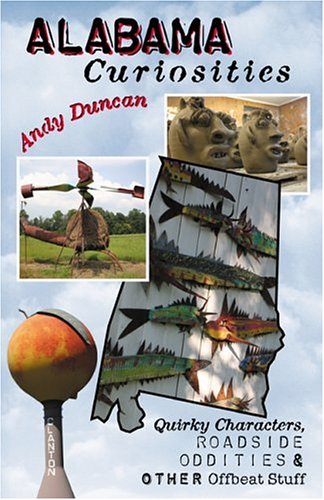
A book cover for Alabama Curiosities: Quirky Characters, Roadside Oddities & Other Offbeat Stuff (Curiosities Series); Andy Duncan; Travel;